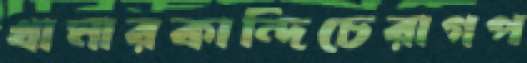
খামারকান্দিচেরাগপ